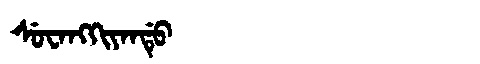
Manchu: ᠰᡠᠸᠠᠩᡴᡳᠶᠠᠨᡩᡠ
Romanization: SUWANGKIYANDU